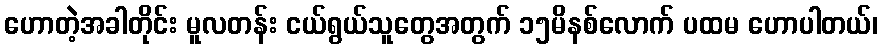
ဟောတဲ့အခါတိုင်း မူလတန်း ငယ်ရွယ်သူတွေအတွက် ၁၅မိနစ်လောက် ပထမ ဟောပါတယ်၊